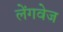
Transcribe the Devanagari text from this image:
लेंगवेज